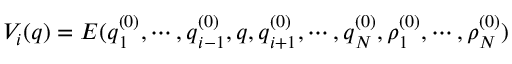
{ \cal V } _ { i } ( \boldsymbol { q } ) = E ( \boldsymbol { q } _ { 1 } ^ { ( 0 ) } , \cdots , \boldsymbol { q } _ { i - 1 } ^ { ( 0 ) } , \boldsymbol { q } , \boldsymbol { q } _ { i + 1 } ^ { ( 0 ) } , \cdots , \boldsymbol { q } _ { N } ^ { ( 0 ) } , \rho _ { 1 } ^ { ( 0 ) } , \cdots , \rho _ { N } ^ { ( 0 ) } )